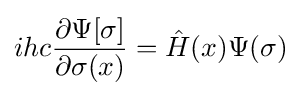
ihc{\frac {\partial \Psi [\sigma ]}{\partial \sigma (x)}}={\hat {H}}(x)\Psi (\sigma )